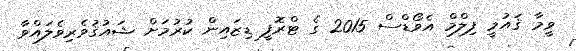
ވީމާ ޤައުމީ ފިލްމް އެވޯޑްސް 2015 ގެ ޓްރޮފީ ޑިޒައިން ކުރުމަށް ޝައުޤުވެރިވެލައްވާ